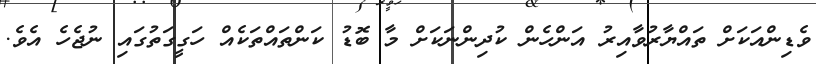
ވެޑިންއަކަށް ތައްޔާރުވާއިރު އަންހެން ކުދިންނަކަށް މާ ބޮޑު ކަންތައްތަކެއް ހަގީގަތުގައި ނުޖެހެ އެވެ.